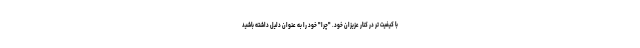
با کیفیت تر در کنار عزیزان خود. "چرا" خود را به عنوان دلیل داشته باشید